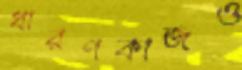
ধারণকাজও